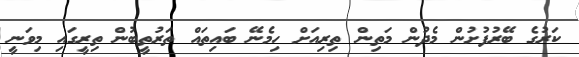
ކަރުގެ ބޭރުފުށުން މެދުން މަތިން ތިރިއަށް ހިމެނޭ ބައިތައް ތަރުތީބުން ތިރީގައި މިވަނީ